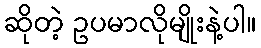
ဆိုတဲ့ ဥပမာလိုမျိုးနဲ့ပါ။